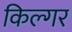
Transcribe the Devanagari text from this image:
किल्‍गर